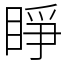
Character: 睜